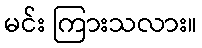
မင်း ကြားသလား။